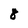
Character: 8